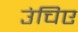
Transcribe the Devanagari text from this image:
उंचिए